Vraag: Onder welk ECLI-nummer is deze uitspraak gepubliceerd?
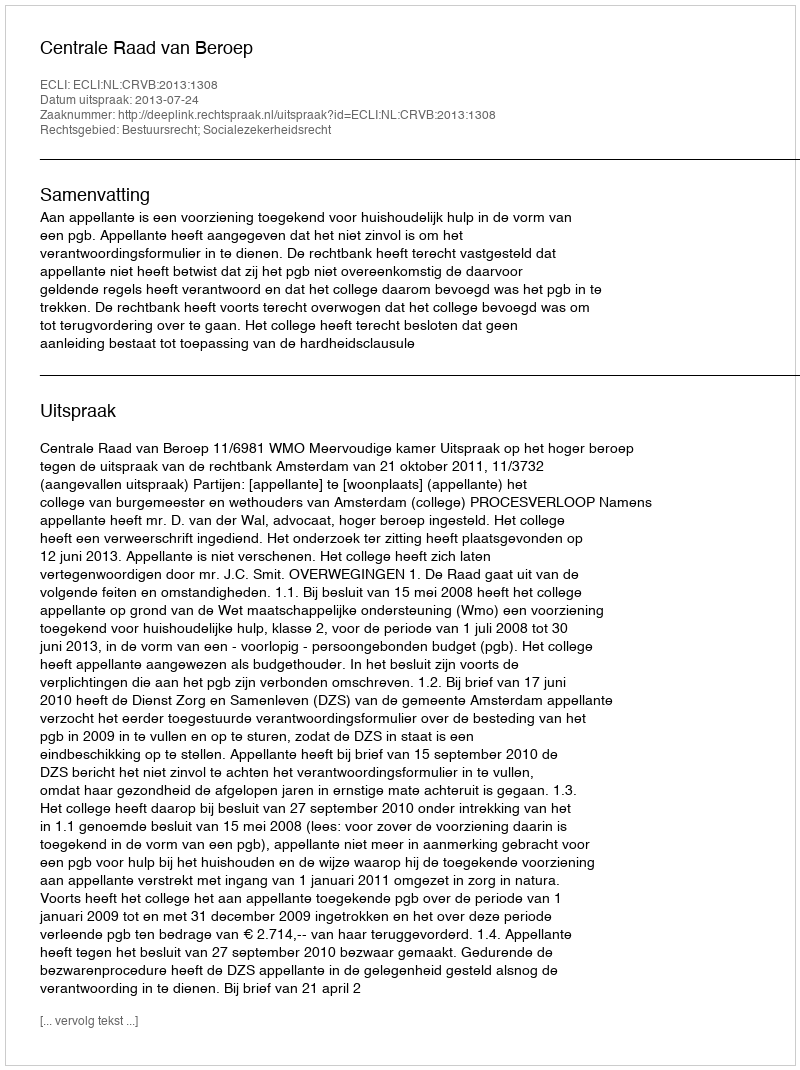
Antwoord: ECLI:NL:CRVB:2013:1308